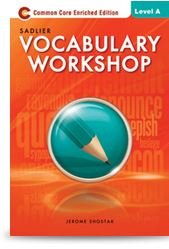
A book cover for Vocabulary Workshop Level A (Grade 6) Paperback - 2013; Shostak; Reference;